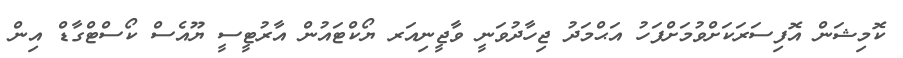
ކޮމިޝަން އޮފިސަރަކަށްވުމަށްފަހު އަޙްމަދު ޖިހާދުވަނީ ވާޖީނިއަރ ޔޯކްޓައުން އާރުޓީސީ ޔޫއެސް ކޯސްޓްގާޑް އިން